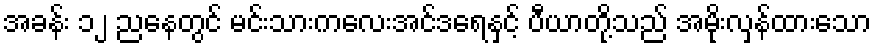
အခန်း ၁၂ ညနေတွင် မင်းသားကလေးအင်ဒရေနှင့် ပီယာတို့သည် အမိုးလှန်ထားသော